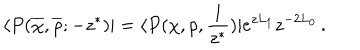
\langle P ( \overline { { \chi } } , \overline { { \rho } } ; - z ^ { \ast } ) | = \langle P ( \chi , \rho , { \frac { 1 } { z ^ { \ast } } } ) | e ^ { z L _ { 1 } } z ^ { - 2 L _ { 0 } } \, .